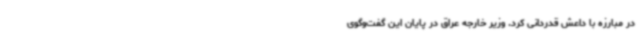
در مبارزه با داعش قدردانی کرد. وزیر خارجه عراق در پایان این گفت‌وگوی